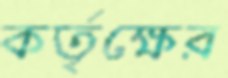
কর্তৃক্ষের